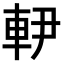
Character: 𨊼